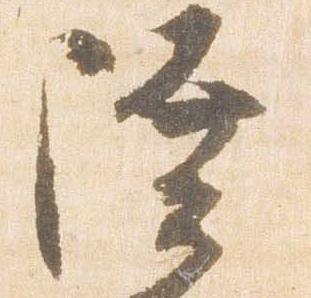
陸